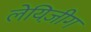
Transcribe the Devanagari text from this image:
लेयिज़ीग